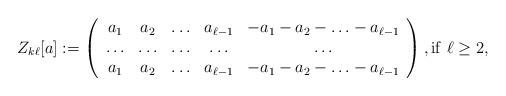
LaTeX: \begin{align*}Z_{k\ell}[a]:=\left(\begin{array}{ccccc}a_1 & a_2 & \ldots & a_{\ell-1} & -a_1 - a_2 - \ldots - a_{\ell-1} \\\ldots & \ldots & \ldots & \ldots & \ldots \\a_1 & a_2 & \ldots & a_{\ell-1} & -a_1 - a_2 - \ldots - a_{\ell-1} \\\end{array}\right), {\rm if\ } \ell\geq 2,\end{align*}